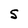
Character: S